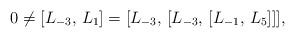
LaTeX: \begin{align*}0 \neq [L_{-3}, \, L_1] = [L_{-3}, \, [L_{-3}, \, [L_{-1}, \, L_5]]],\end{align*}